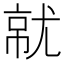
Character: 𡯶